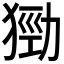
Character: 𤠃